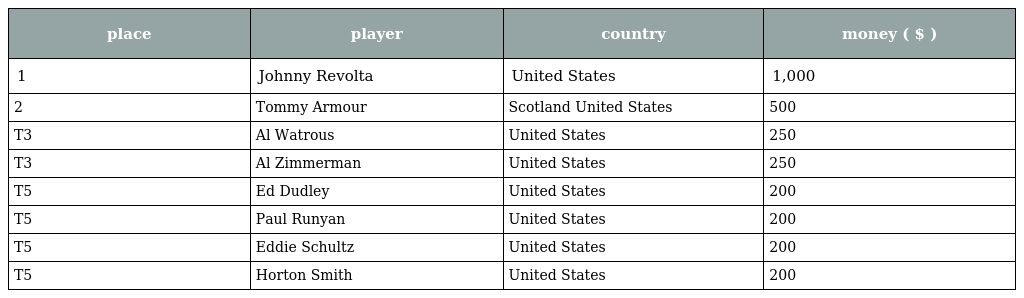
| place | player | country | money ( $ ) |
 | --- | --- | --- | --- |
 | 1 | Johnny Revolta | United States | 1,000 |
 | 2 | Tommy Armour | Scotland United States | 500 |
 | T3 | Al Watrous | United States | 250 |
 | T3 | Al Zimmerman | United States | 250 |
 | T5 | Ed Dudley | United States | 200 |
 | T5 | Paul Runyan | United States | 200 |
 | T5 | Eddie Schultz | United States | 200 |
 | T5 | Horton Smith | United States | 200 |